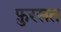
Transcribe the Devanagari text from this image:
फ़ुरसत